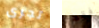
تجرى فقط